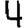
Digit: 4